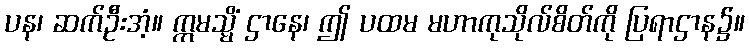
ပန၊ ဆက်ဦးအံ့။ ဣမသ္မိံ ဌာနေ၊ ဤ ပထမ မဟာကုသိုလ်စိတ်ကို ပြရာဌာန၌။